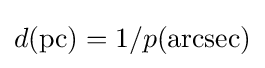
d(\mathrm {pc} )=1/p(\mathrm {arcsec} )